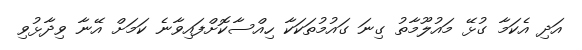
އަދި އެކަމާ ގުޅޭ މައުލޫމާތު ގިނަ ގައުމުތަކަކާ ހިއްސާކޮށްފައިވާނެ ކަމަށް އޭނާ ވިދާޅުވި